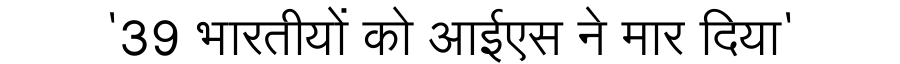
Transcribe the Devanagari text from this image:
'39 भारतीयों को आईएस ने मार दिया'